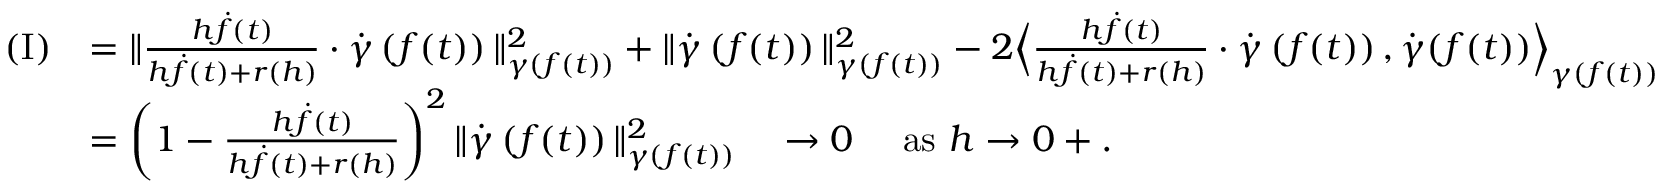
\begin{array} { r l } { \mathrm { ( I ) } } & { = \| \frac { h \dot { f } ( t ) } { h \dot { f } ( t ) + r ( h ) } \cdot \dot { \gamma } \left( f ( t ) \right) \| _ { \gamma ( f ( t ) ) } ^ { 2 } + \| \dot { \gamma } \left( f ( t ) \right) \| _ { \gamma ( f ( t ) ) } ^ { 2 } - 2 \Big \langle \frac { h \dot { f } ( t ) } { h \dot { f } ( t ) + r ( h ) } \cdot \dot { \gamma } \left( f ( t ) \right) , \dot { \gamma } ( f ( t ) ) \Big \rangle _ { \gamma ( f ( t ) ) } } \\ & { = \left( 1 - \frac { h \dot { f } ( t ) } { h \dot { f } ( t ) + r ( h ) } \right) ^ { 2 } \| \dot { \gamma } \left( f ( t ) \right) \| _ { \gamma ( f ( t ) ) } ^ { 2 } \quad \to 0 \quad \mathrm { ~ a s ~ } h \to 0 + . } \end{array}